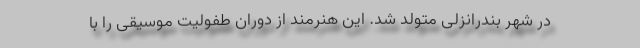
در شهر بندرانزلی متولد شد. این هنرمند از دوران طفولیت موسیقی را با